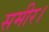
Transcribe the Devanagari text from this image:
समीर।